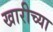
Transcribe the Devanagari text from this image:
खारीच्या